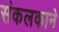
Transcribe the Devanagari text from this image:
संकलकाने